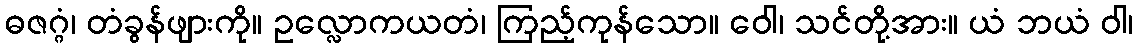
ဓဇဂ္ဂံ၊ တံခွန်ဖျားကို။ ဥလ္လောကယတံ၊ ကြည့်ကုန်သော။ ဝေါ၊ သင်တို့အား။ ယံ ဘယံ ဝါ၊